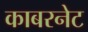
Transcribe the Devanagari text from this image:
काबरनेट